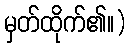
မှတ်ထိုက်၏။)